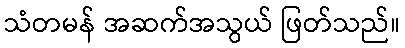
သံတမန် အဆက်အသွယ် ဖြတ်သည်။